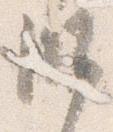
師